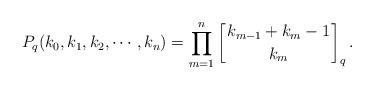
LaTeX: \begin{align*}P_q(k_0,k_1,k_2,\cdots, k_n)=\prod_{m=1}^{n}\left[{k_{m-1}+k_m-1 \atop k_m}\right]_q.\end{align*}